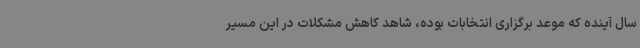
سال آینده که موعد برگزاری انتخابات بوده، شاهد کاهش مشکلات در این مسیر